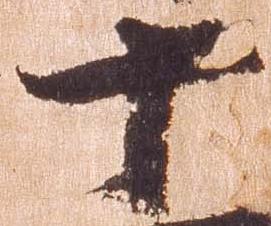
十